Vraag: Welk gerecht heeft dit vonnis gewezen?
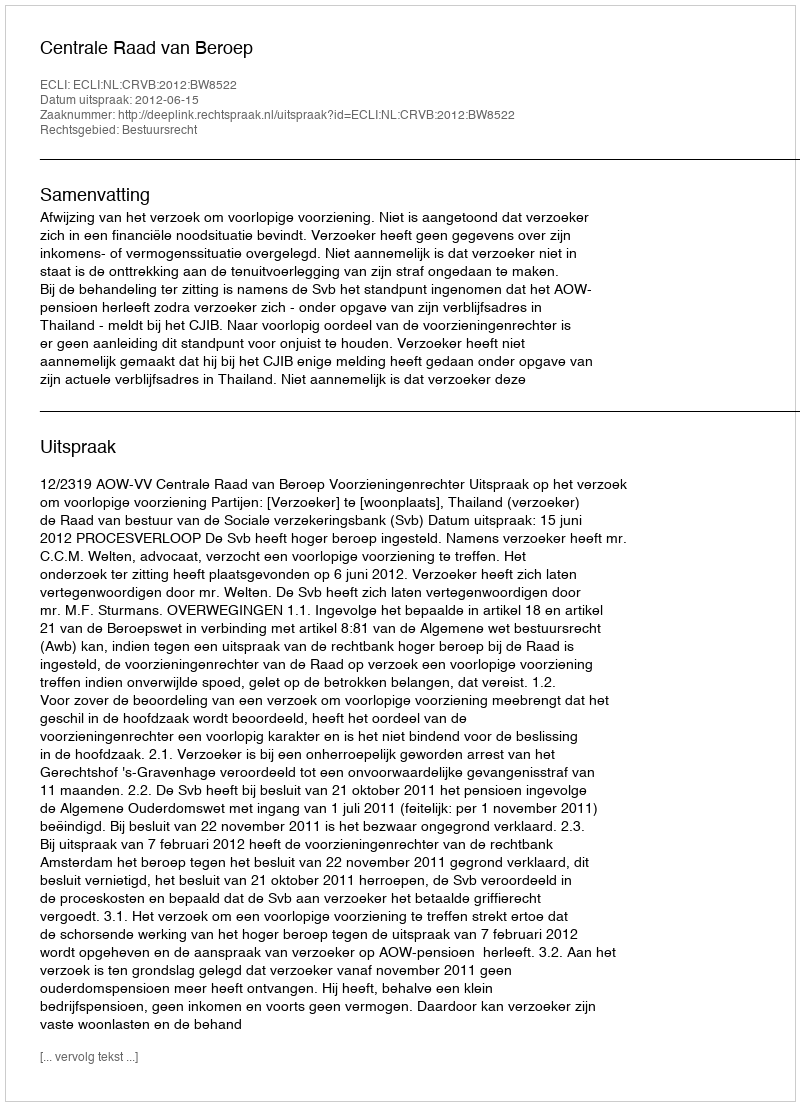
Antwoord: Centrale Raad van Beroep